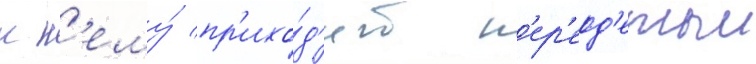
к н'ему́ пр'ихо́д'ит п'ер'еод'етыи